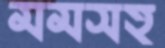
মমসহ